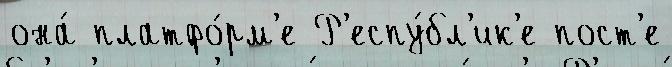
она́ платфо́рм'е Р'еспу́бл'ик'е пост'е